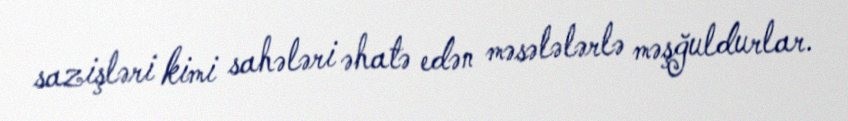
sazişləri kimi sahələri əhatə edən məsələlərlə məşğuldurlar.